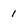
Character: 1